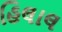
હિલાલ